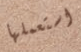
استعملها